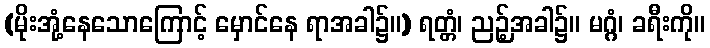
(မိုးအုံ့နေသောကြောင့် မှောင်နေ ရာအခါ၌။) ရတ္တံ၊ ညဉ့်အခါ၌။ မဂ္ဂံ၊ ခရီးကို။